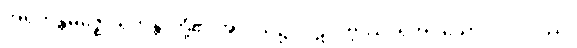
အရဟန္တမဇ္ဈေ၊ ရဟန္တာတို့၏ အလယ်၌။ ပဋိလဗ္ဘဿ၊ ရအပ်သော။ ပုဂ္ဂလဿ၊